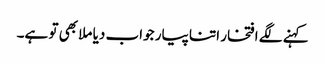
کہنے لگے افتخار اتنا پیار جواب دیا ملا بھی تو ہے۔